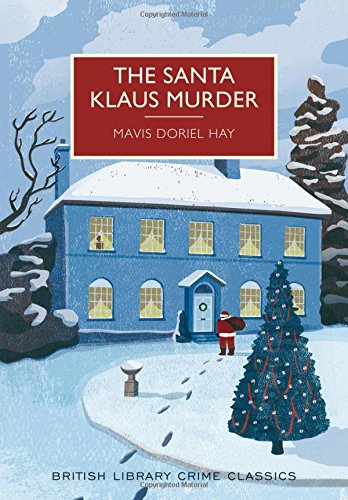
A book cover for The Santa Klaus Murder: A British Library Crime Classic (British Library Crime Classics); Mavis Hay; Mystery, Thriller & Suspense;